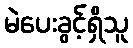
မဲပေးခွင့်ရှိသူ